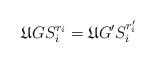
LaTeX: \begin{align*}\mathfrak{U}GS^{r_i}_i=\mathfrak{U}G'S^{r'_i}_i\end{align*}